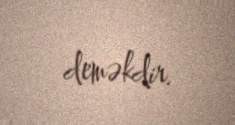
deməkdir.